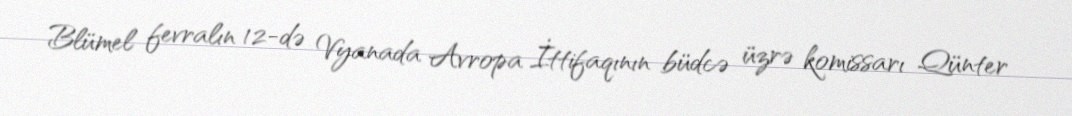
Blümel fevralın 12-də Vyanada Avropa İttifaqının büdcə üzrə komissarı Qünter